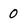
Character: 0